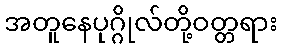
အတူနေပုဂ္ဂိုလ်တို့ဝတ္တရား